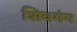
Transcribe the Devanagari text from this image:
शिवगंग